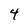
Character: 4